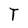
Character: T